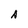
Character: s